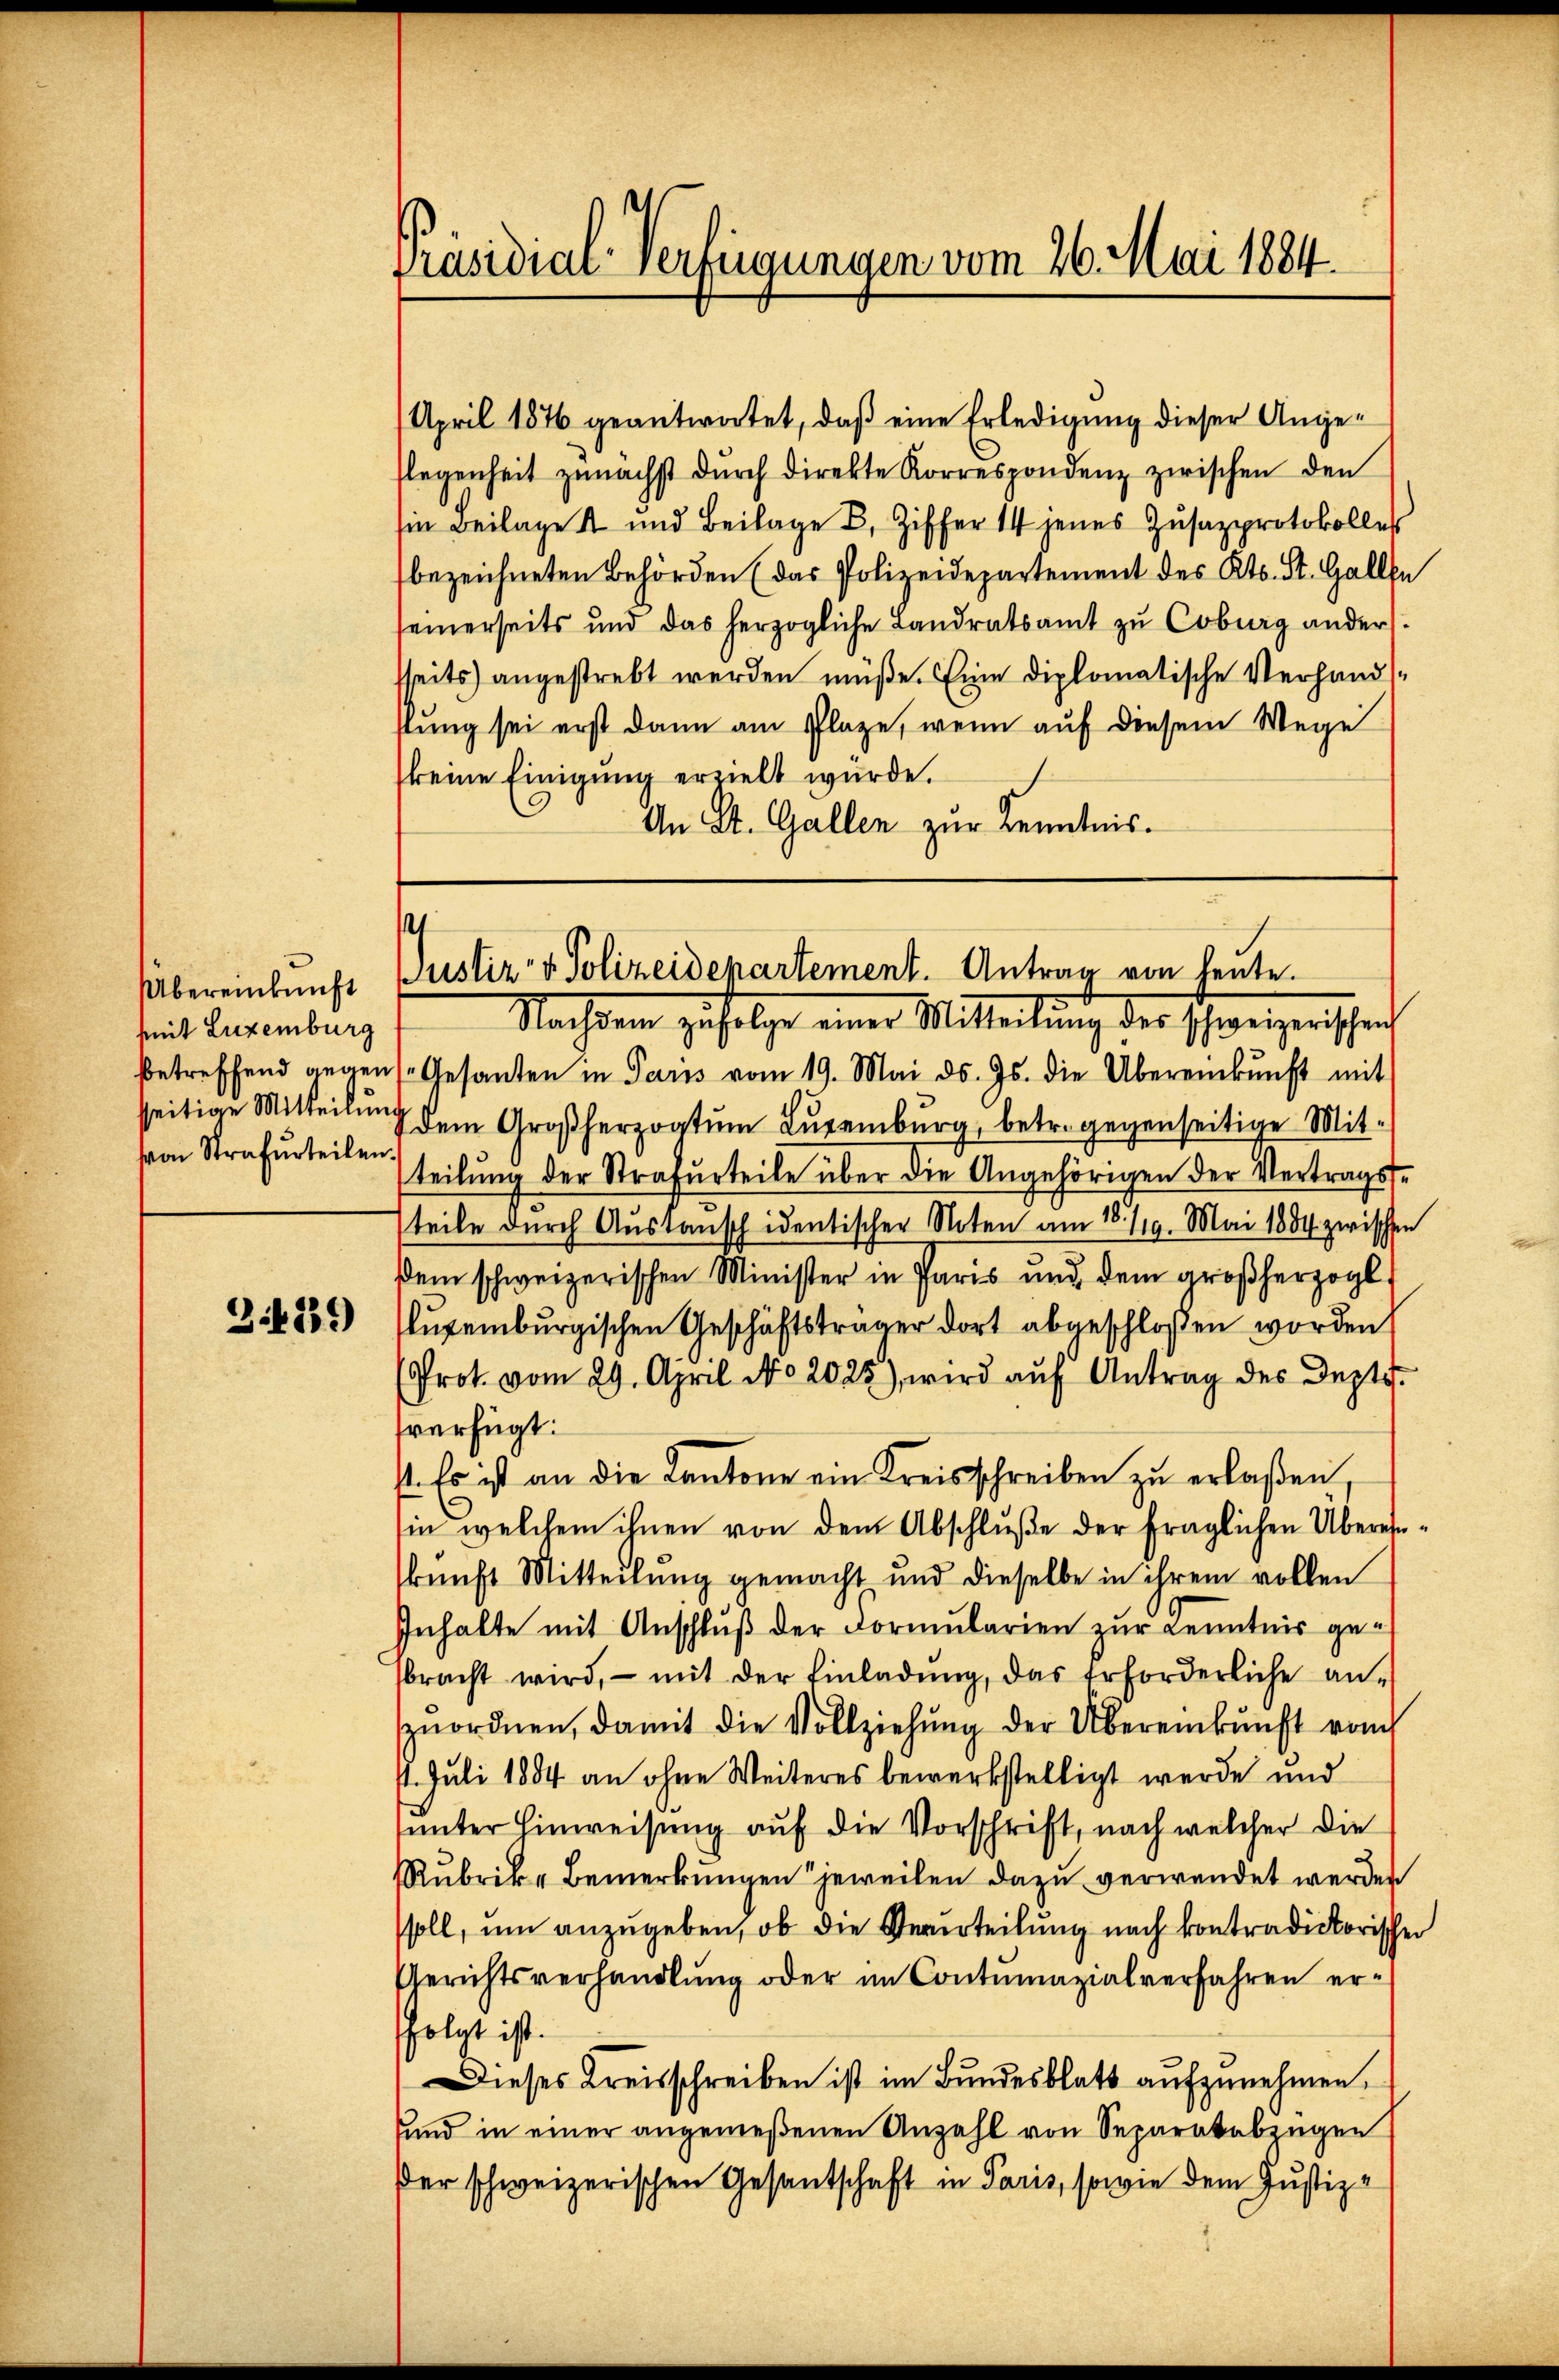
Übereinkunft
mit Luxenburg
betreffend gegen
sseitige Mitteilung
von Strafurteilen.

3.4259)

Präsidial-Verfügungen vom 26. Mai 1884.

s
Justiz- & Polizeidepartement. Antrag von heute.

April 1876 geantwortet, daß eine Erledigung dieser Angeflegenheit zunächst dŭrch direkte Korrespondenz zwischen den
Im Beilages und Beilage B. Ziffer 14 jenes Zŭsazprotokolles
bezeichneten Behörden (das Polizeidepartement des Kts. St. Gallen
einerseits und das herzogliche Landratsamt zŭ Coburg ander.
seits angestrebt werden müße. Eine diplomatische Verhandsstung sei erst dann am Plaze, wenn auf diesem Wege
keine Einigung erzielt würde.
An St. Gallen zur Kenntnis.
Nachdem zufolge einer Mitteilung des schweizerischen
Gesanten in Paris vom 19. Mai d. Js. die Übereinkunft mit
Dem Großherzogtum Luxenburg, betr. gegenseitige Mitteilung der Strafurteile über die Angehörigen der Vertrags-
teile durch Austansch identischer Noten am 18. 119. Mai 1889 zwischen
sdem schweizerischen Minister in Paris und dem großherzogl.
lugenburgischen Geschäftsträger dort abgeschlossen worden.
Prot. vom 29. April No 2025) wird aŭf Antrag des Dept.
verfügt:
st. Es ist an die Kantone ein Kreisschreiben zu erlaßen,
in welchem ihnen von dem Abschluße der fraglichen Übereinkunft Mitteilung gemacht und dieselbe in ihrem vollen
Inhalte mit Anschluß der Formularien zur Kenntnis gebracht wird, – mit der Einladŭng, das Erforderliche an-
zuordnen, damit die Vollziehŭng der Übereinkunft vom
. Juli 1884 an ohne Weiteres bewerkstelligt werde und
unter Hinweisung auf die Vorschrift, nach welcher die
Rubrik- Bemerkungen jeweilen dazu verwendet werden
ssoll, um anzugeben, ob die Verurteilung nach kontradictorischen
Gerichtsverhandlung oder im Contumazialverfahren erfolgt ist.
Dieses Kreisschreiben ist im Bundesblatt aufzunehmen.
sund in einer angemeßenen Anzahl von Separatabzügen
der schweizerischen Gesantschaft in Paris, sowie dem Justiz-